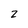
Character: 2